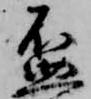
盃